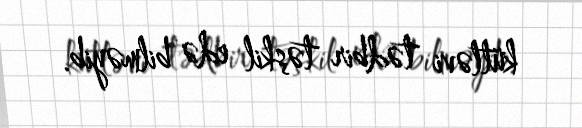
kütləvi tədbir təşkil edə bilməyib.